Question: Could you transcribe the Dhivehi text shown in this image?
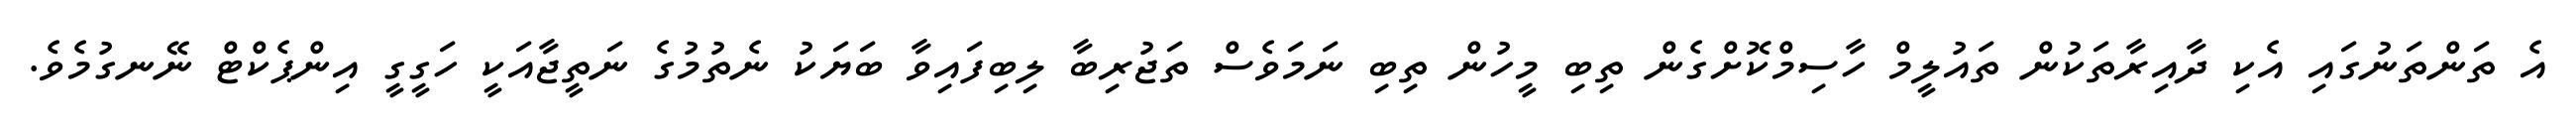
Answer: އެ ތަންތަނުގައި އެކި ދާއިރާތަކުން ތައުލީމް ހާސިމްކޮށްގެން ތިބި މީހުން ތިބި ނަމަވެސް ތަޖުރިބާ ލިބިފައިވާ ބަޔަކު ނެތުމުގެ ނަތީޖާއަކީ ހަގީގީ އިންޕެކްޓް ނޭނގުމެވެ.